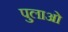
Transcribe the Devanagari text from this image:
पुलाओ